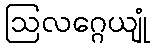
ဩလဂ္ဂေယျုံ